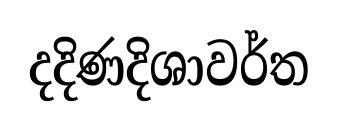
දදිණදිශාවර්ත